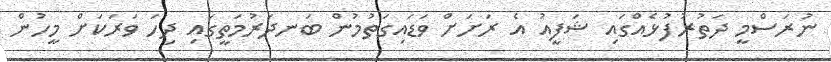
ނުރަސްމީ ދަތުރުފުޅެއްގައި ޝަފީއު އެ ރަށަށް ވަޑައިގަތުމުން ބަނދަރުމަތީގައި ދިހަ ވަރަކަށް މީހުން